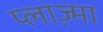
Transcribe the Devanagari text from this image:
प्लाज्म़ा